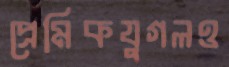
প্রেমিকযুগলও